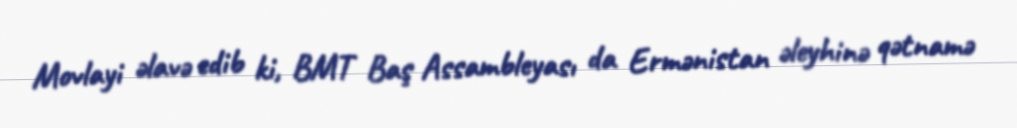
Movlayi əlavə edib ki, BMT Baş Assambleyası da Ermənistan əleyhinə qətnamə